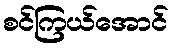
စင်ကြယ်အောင်